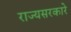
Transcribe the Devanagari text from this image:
राज्यसरकारे